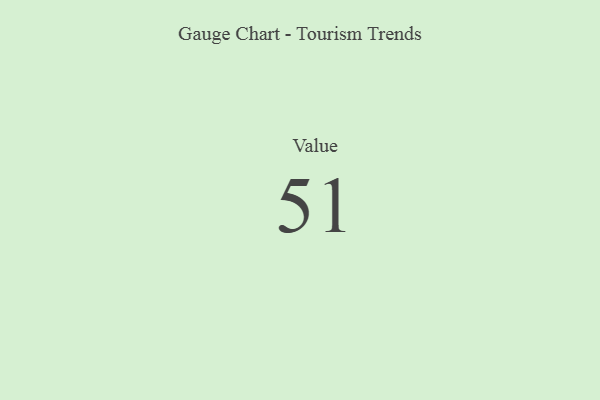
{"axis": {"x": "Metric", "y": "Value"}, "legend": [""], "data": [{"x": "Value", "y": 51, "type": ""}]}